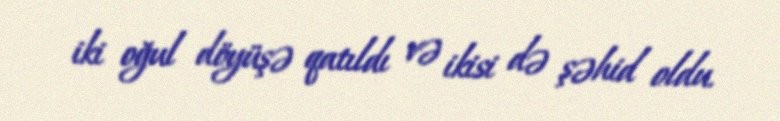
iki oğul döyüşə qatıldı və ikisi də şəhid oldu.